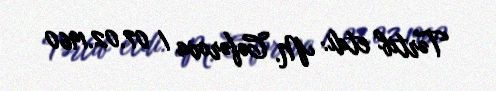
Tərtib etdi: M. Cəfərova / 07.02.1960